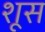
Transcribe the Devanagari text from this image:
शूस